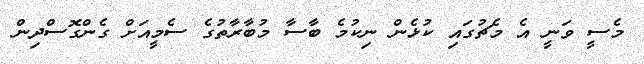
މެސީ ވަނީ އެ މެޗުގައި ކުޅެން ނިކުމެ ބާސާ މުބާރާތުގެ ސެމީއަށް ގެންގޮސްދިން